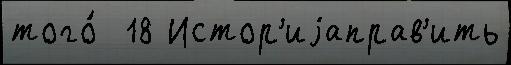
того́  18 Истор'иjаправ'ить